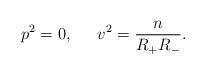
LaTeX: \begin{align*}p^2=0,\,\,\,\quad v^2=\frac n{R_{+}R_{-}}. \end{align*}